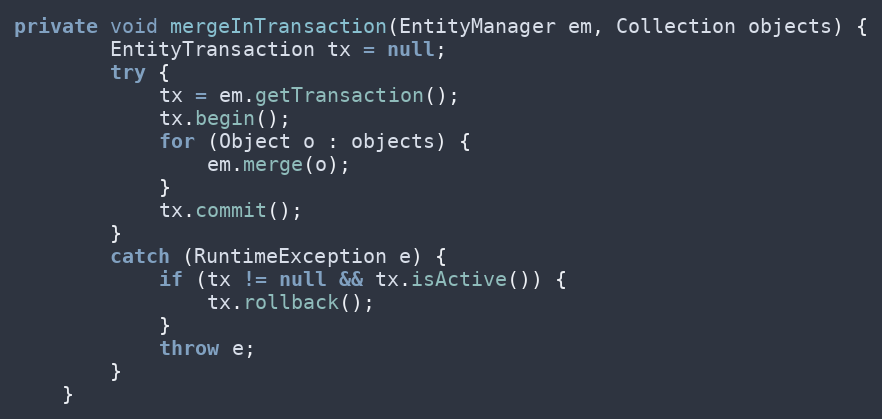
Language: Java
private void mergeInTransaction(EntityManager em, Collection objects) {
        EntityTransaction tx = null;
        try {
            tx = em.getTransaction();
            tx.begin();
            for (Object o : objects) {
                em.merge(o);
            }
            tx.commit();
        }
        catch (RuntimeException e) {
            if (tx != null && tx.isActive()) {
                tx.rollback();
            }
            throw e;
        }
    }